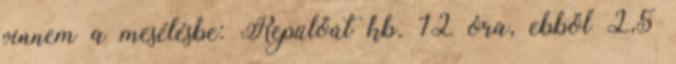
vinnem a mesélésbe: Repülőút kb. 12 óra, ebből 2,5